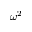
\omega ^ { 2 }